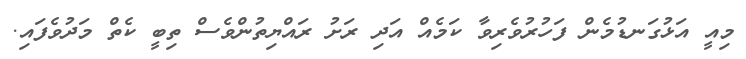
މިއީ އަޅުގަނޑުމެން ފަހުރުވެރިވާ ކަމެއް އަދި ރަށު ރައްޔިތުންވެސް ތިބީ ކެތް މަދުވެފައި.